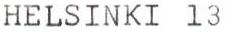
HELSINKI 13